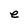
Character: e